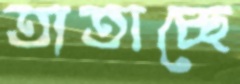
তাতাচ্ছে